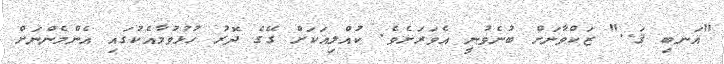
"އަނބި ޤަ.." ޒަކްވާނަށް ބުނެވުނީ އެވަރަށެވެ. ކުއްލިއަކަށް ގޭގެ ދޮރު ހުޅުވުމާއެކުގައި އެންމެންނަށް